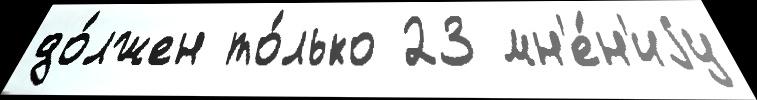
до́лжен то́лько 23 мн'е́н'иjу